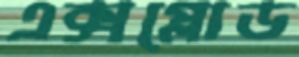
এক্সপ্লোড